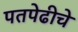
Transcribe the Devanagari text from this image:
पतपेढीचे